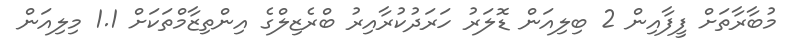
މުބާރާތަށް ފީފާއިން 2 ބިލިއަން ޑޮލަރު ހަރަދުކުރާއިރު ބްރެޒިލްގެ އިންތިޒާމްތަކަށް 1.1 މިލިއަން